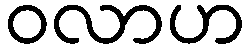
ဝလာဟ